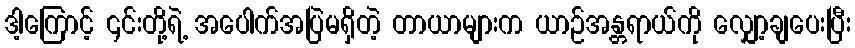
ဒါ့ကြောင့် ၎င်းတို့ရဲ့ အပေါက်အပြဲမရှိတဲ့ တာယာများက ယာဉ်အန္တရာယ်ကို လျှော့ချပေးပြီး